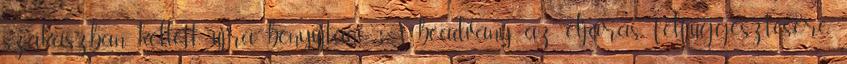
szakaszban kellett újra benyújtani. A beadvány az eljárás felfüggesztésére